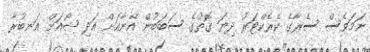
ނަމަވެސް ސެރާގެ ކެރެކްޓަރު ދިޔަ ގޮތުގެ ސަބަބުން އޭނާއަށް އަދި ޝޯއަށް އަނބުރާ